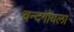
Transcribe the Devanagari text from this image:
चन्दगोयला